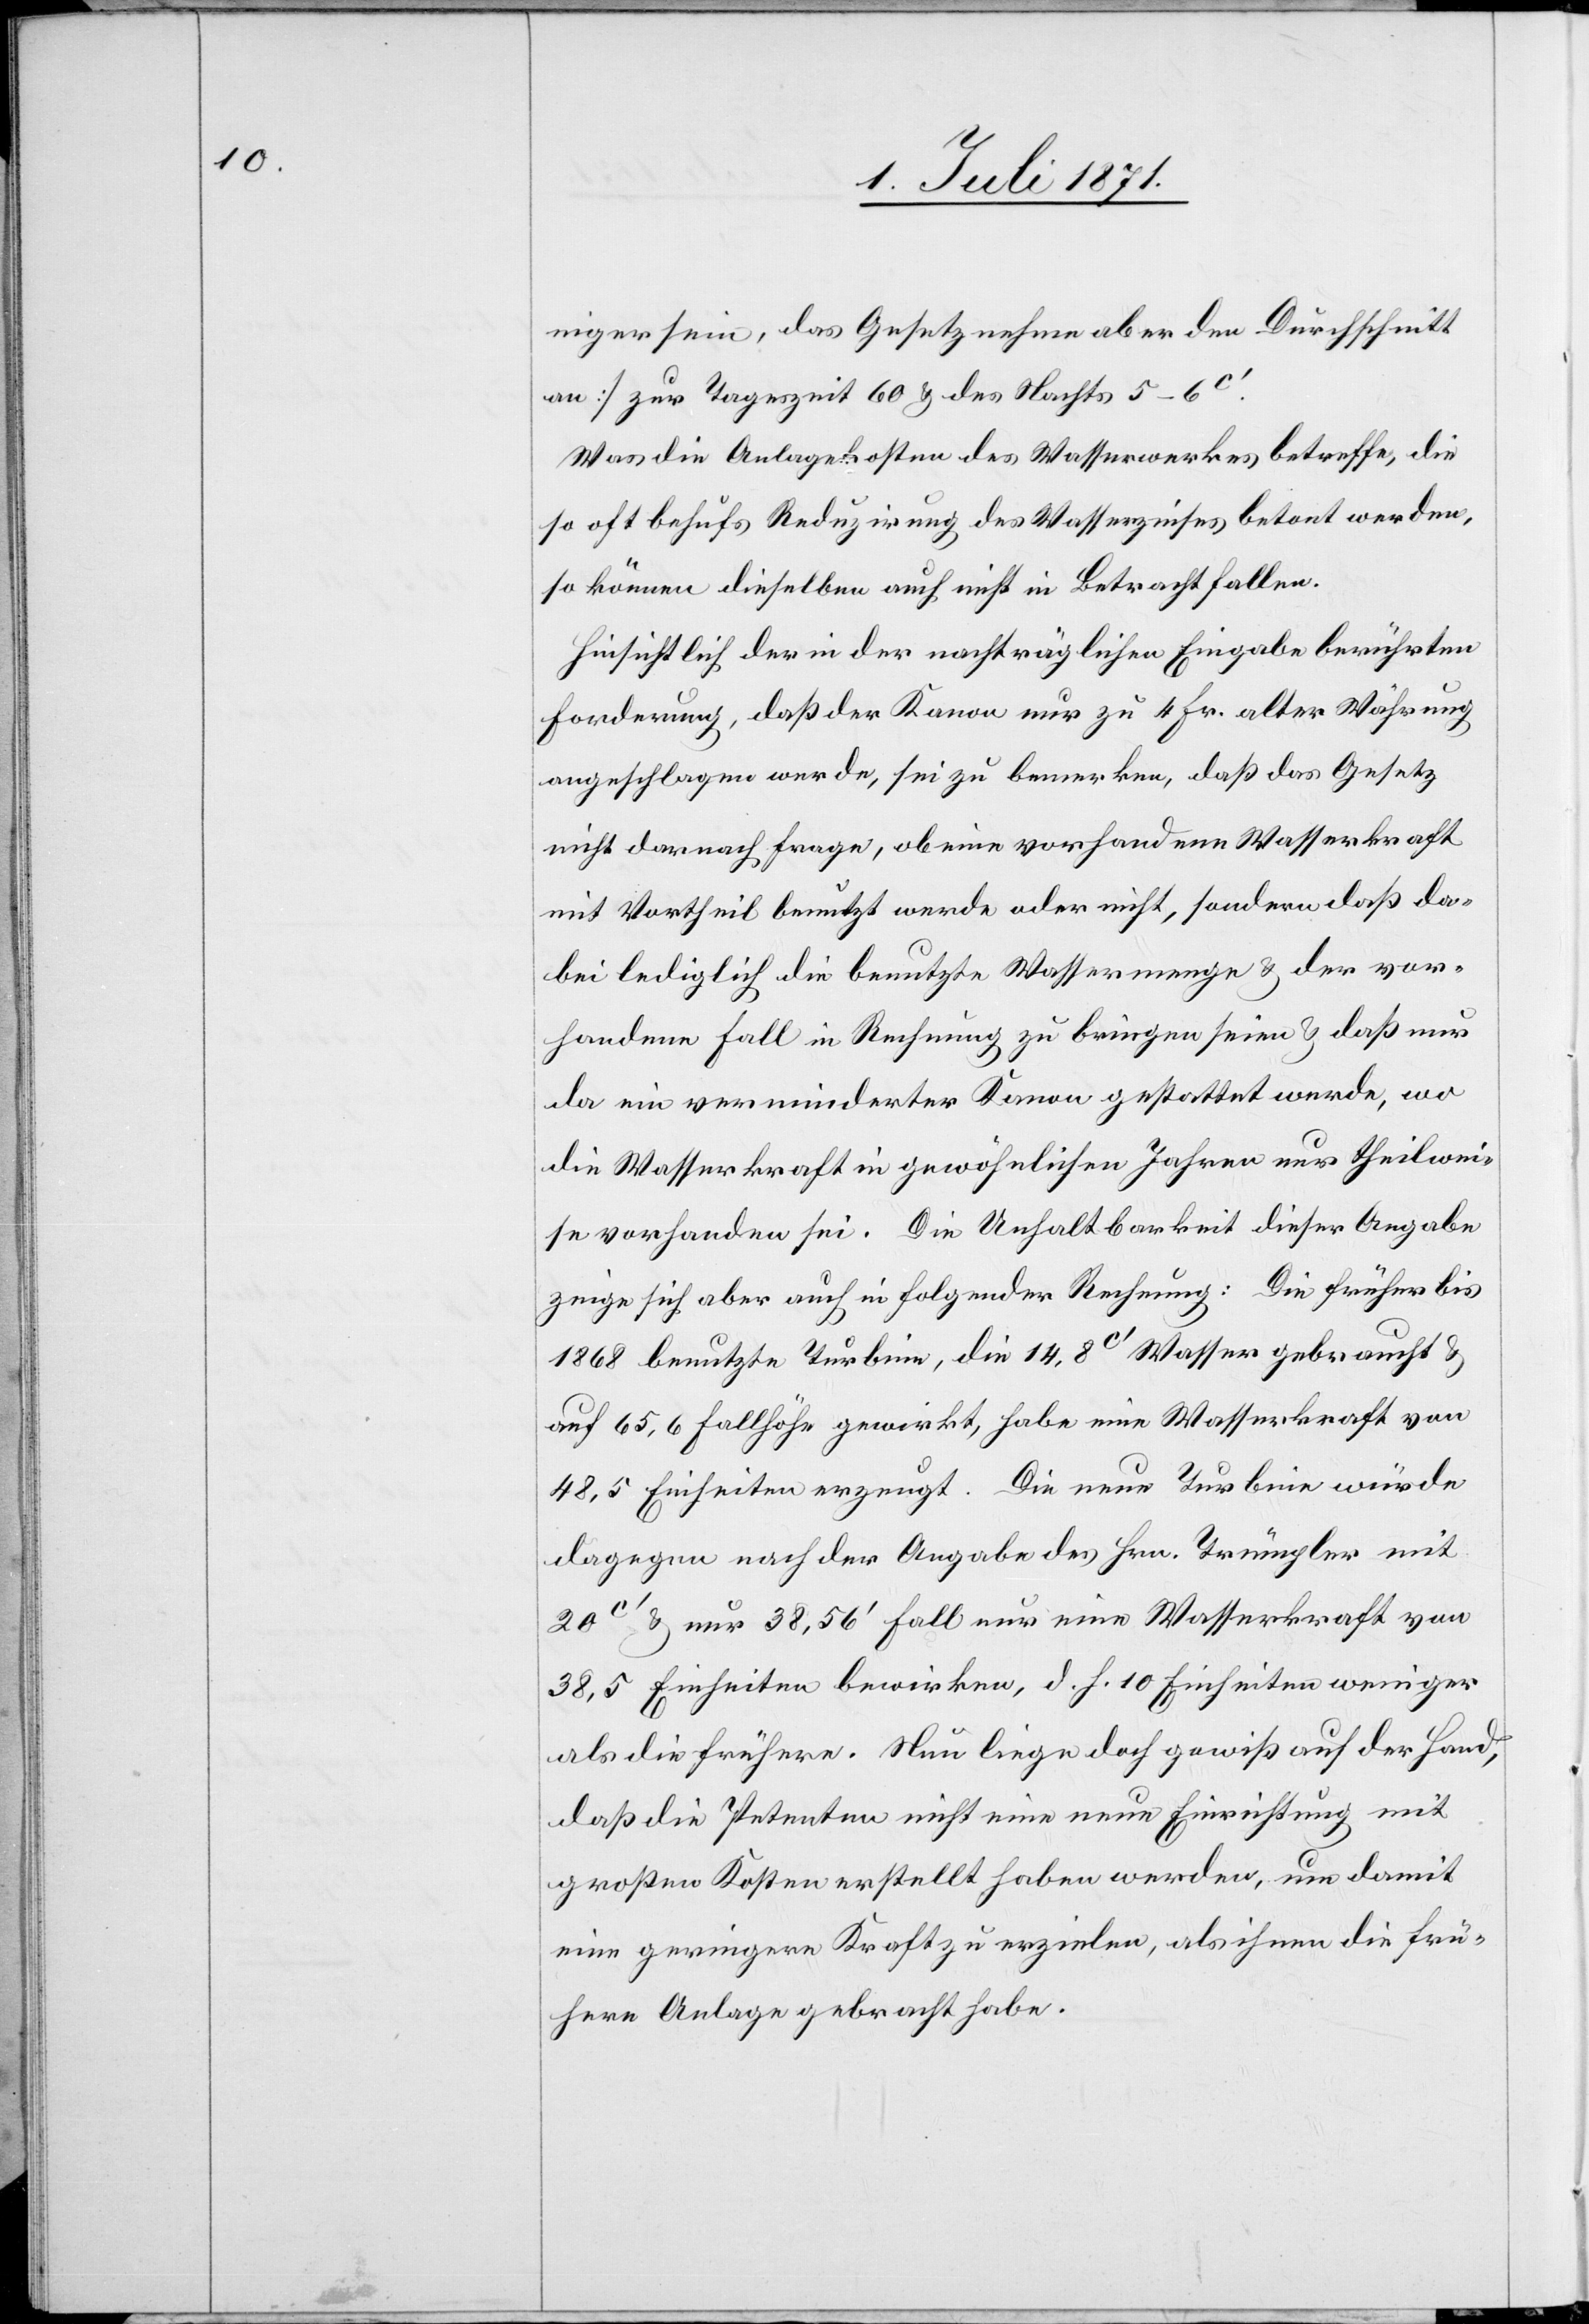
niger sein, das Gesetz nehme aber den Durchschnitt
an] zur Tageszeit 60 u. des Nachts 5–6c‘.
Was die Anlagekosten des Wasserwerkes betreffe, die
so oft behufs Reduzirung des Wasserzinses betont werden,
so können dieselben auch nicht in Betracht fallen.
Hinsichtlich der in der nachträglichen Eingabe berührten
Forderung, daß der Kanon nur zu 4 Fr. alter Währung
angeschlagen werde, sei zu bemerken, daß das Gesetz
nicht darnach frage, ob eine vorhandene Wasserkraft
mit Vortheil benutzt werde oder nicht, sondern daß da¬
bei lediglich die benutzte Wassermenge u. der vor¬
handene Fall in Rechnung zu bringen seien u. daß nur
da ein verminderter Kanon gestattet werde, wo
die Wasserkraft in gewöhnlichen Jahren nur theilwei¬
se vorhanden sei. Die Unhaltbarkeit dieser Angabe
zeige sich aber auch in folgender Rechnung: Die früher bis
1868 benutzte Turbine, die 14.8c‘ Wasser gebraucht u.
auf 65,6 Fallhöhe gewirkt, habe eine Wasserkraft von
48,5 Einheiten erzeugt. Die neue Turbine würde
dagegen nach der Angabe des Hrn. Trümpler mit
20c‘ u. nur 38.56‘ Fall nur eine Wasserkraft von
38,5 Einheiten bewirken, d. h. 10 Einheiten weniger
als die frühere. Nun liege doch gewiß auf der Hand,
daß die Petenten nicht eine neue Einrichtung mit
großen Kosten erstellt haben werden, um damit
eine geringere Kraft zu erzielen, als ihnen die frü¬
here Anlage gebracht habe.